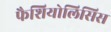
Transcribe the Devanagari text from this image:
फैशियोलिसिस